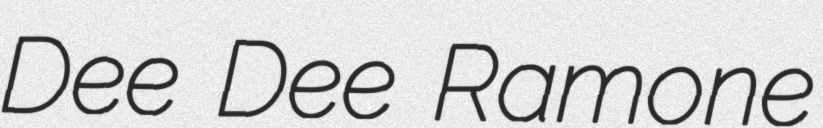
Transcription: Dee Dee Ramone